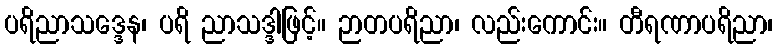
ပရိညာသဒ္ဒေန၊ ပရိ ညာသဒ္ဒါဖြင့်။ ဉာတပရိညာ၊ လည်းကောင်း။ တီရဏာပရိညာ၊